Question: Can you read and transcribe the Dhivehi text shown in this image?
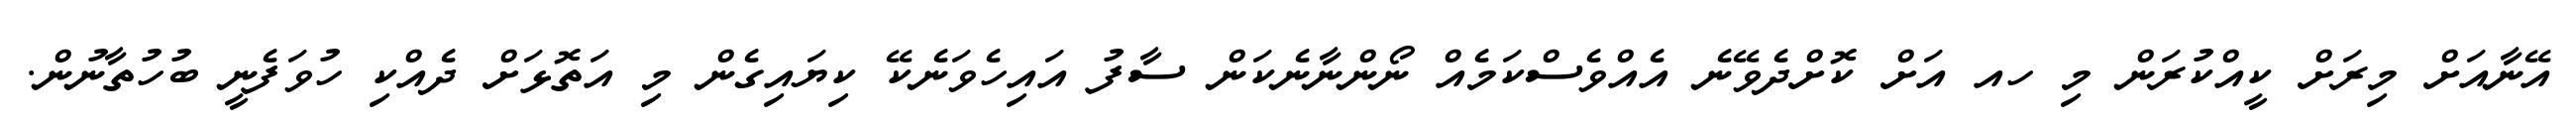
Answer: އޭނާއަށް މިރަށް ކީއްކުރަން މި ހއ އަށް ކޮށްދެވޭނެ އެއްވެސްކަމެއް ނޯންނާނެކަން ސާފު އައިހެވަނެކޭ ކިޔައިގެން މި އަތޮޅަށް ދެއްކި ހުވަފެނީ ބުހުތާނުން.